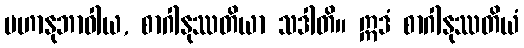
မဟာနုဘာဝါယ, စာဂါနုဿတိယာ သဒါတိ။ ဣဒံ စာဂါနုဿတိယံ